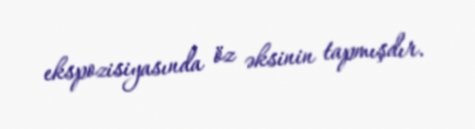
ekspozisiyasında öz əksinin tapmışdır.